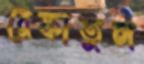
রেফাতুল